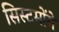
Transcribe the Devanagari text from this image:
सिस्टमोंमे